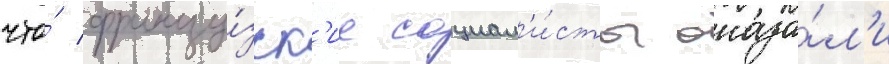
что́ францу́зск'ие социал'и́сты оказа́л'и